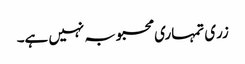
زری تمہاری محبوبہ نہیں ہے۔